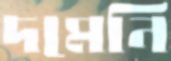
দমেনি